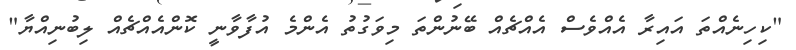
"ކިހިނެއްތަ އައިރާ އެއްވެސް އެއްޗެއް ބޭނުންތަ މިވަގުތު އެންމެ އުފާވާނީ ކޮންއެއްޗެއް ލިބުނިއްޔާ"